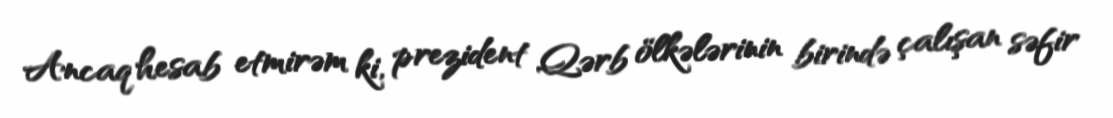
Ancaq hesab etmirəm ki, prezident Qərb ölkələrinin birində çalışan səfir